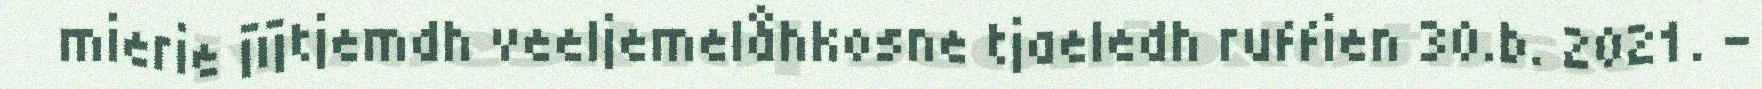
mierie jïjtjemdh veeljemelåhkosne tjaeledh ruffien 30.b. 2021. –